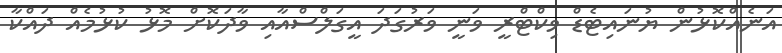
އަނެއްކޮޅުން ޔުނައިޓެޑް ވިކްޓްރީ ވަނީ ވަރުގަދަ އީގަލްސްއާއި ވާދަކޮށް މޮޅު ކުޅުމެއް ދައްކާ